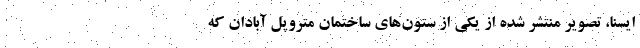
ایسنا، تصویر منتشر شده از یکی از ستون‌های ساختمان متروپل آبادان که